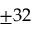
\pm 3 2